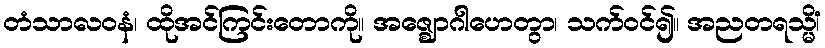
တံသာလဝနံ၊ ထိုအင်ကြင်းတောကို။ အဇ္ဈောဂါဟေတွာ၊ သက်ဝင်၍။ အညတရသ္မိံ၊